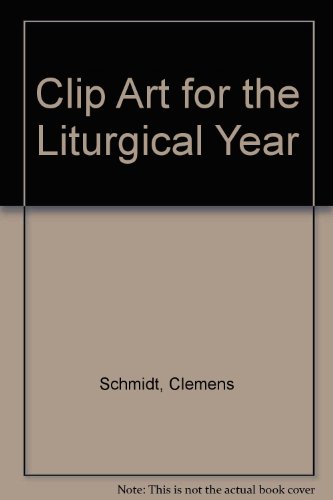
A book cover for Clip Art for the Liturgical Year; Christian Books & Bibles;